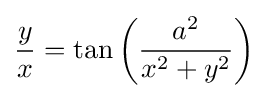
{\frac {y}{x}}=\tan \left({\frac {a^{2}}{x^{2}+y^{2}}}\right)